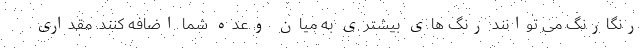
رنگارنگ می توانند رنگ های بیشتری به میان وعده شما اضافه کنند. مقداری